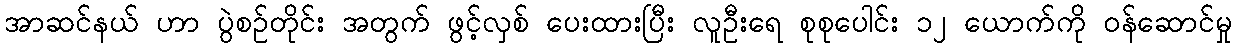
အာဆင်နယ် ဟာ ပွဲစဉ်တိုင်း အတွက် ဖွင့်လှစ် ပေးထားပြီး လူဦးရေ စုစုပေါင်း ၁၂ ယောက်ကို ဝန်ဆောင်မှု